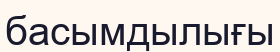
басымдылығы